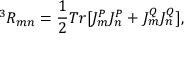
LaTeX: ^ 3 R _ { m n } = \frac { 1 } { 2 } T r [ J _ { m } ^ { P } J _ { n } ^ { P } + J _ { m } ^ { Q } J _ { n } ^ { Q } ] ,